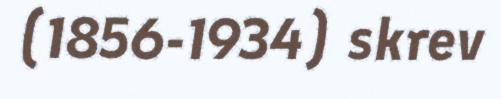
(1856-1934) skrev